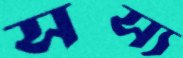
সস্য